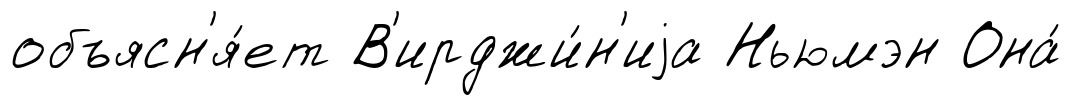
объясн'я́ет В'ирджи́н'иjа Ньюмэн Она́